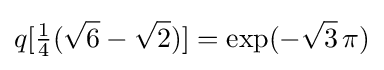
q[{\tfrac {1}{4}}({\sqrt {6}}-{\sqrt {2}})]=\exp(-{\sqrt {3}}\,\pi )